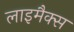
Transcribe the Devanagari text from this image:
लाइमैक्स